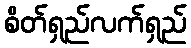
စိတ်ရှည်လက်ရှည်